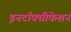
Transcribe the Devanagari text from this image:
इनटॉक्सीकेशन